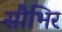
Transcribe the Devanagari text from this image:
सौभिर